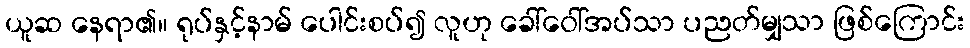
ယူဆ နေရာ၏။ ရုပ်နှင့်နာမ် ပေါင်းစပ်၍ လူဟု ခေါ်ဝေါ်အပ်သာ ပညတ်မျှသာ ဖြစ်ကြောင်း